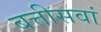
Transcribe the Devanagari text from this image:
बत्तीसवां